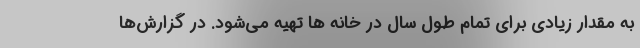
به مقدار زیادی برای تمام طول سال در خانه ها تهیه می‌شود. در گزارش‌ها